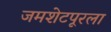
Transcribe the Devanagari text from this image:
जमशेटपूरला